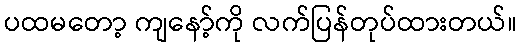
ပထမတော့ ကျနော့်ကို လက်ပြန်တုပ်ထားတယ်။